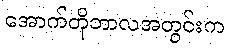
အောက်တိုဘာလအတွင်းက